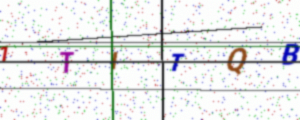
Text: 1TITQB